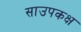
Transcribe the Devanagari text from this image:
साउपकक्ष